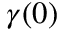
\gamma ( 0 )